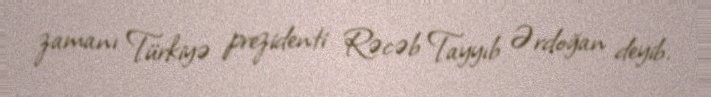
zamanı Türkiyə prezidenti Rəcəb Tayyıb Ərdoğan deyib.